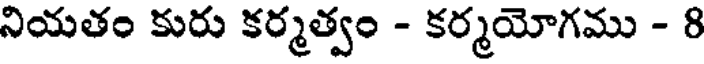
నియతం కురు కర్మత్వం - కర్మయోగము - 8